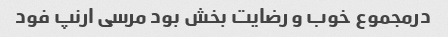
درمجموع خوب و رضایت بخش بود مرسی ارنپ فود